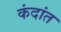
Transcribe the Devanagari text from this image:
कंदांत